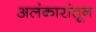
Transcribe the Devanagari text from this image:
अलंकारांतून